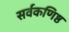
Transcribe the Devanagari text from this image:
सर्वकणिष्ठ